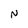
Character: N